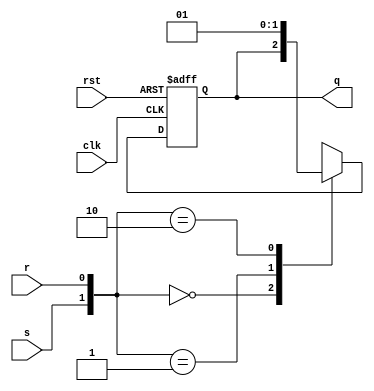
module sr_ff (
	input s,r,clk,rst,
	output reg q);
	
always@(posedge clk, posedge rst)
begin
	if(rst)
		q = 1'b1;
	else 
	case({s,r})
		2'b00 : q = q;
		2'b01 : q = 0;
		2'b10 : q = 1;
		2'b11 : q = 1'bx;
		default : q = 1;
	endcase
end

endmodule